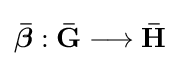
{\boldsymbol {\bar {\beta }}}:\mathbf {{\bar {G}}\longrightarrow {\bar {H}}}